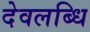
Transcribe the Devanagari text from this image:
देवलब्धि